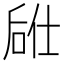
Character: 𫪣